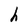
Character: h